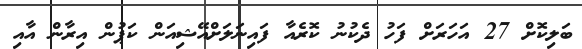
ބަލިކޮށް 27 އަހަރަށް ފަހު ދެކުނު ކޮރެއާ ފައިނަލަށްއޭޝިއަން ކަޕުން އިރާން އާއި